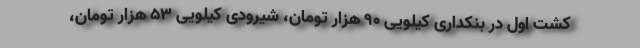
کشت اول در بنکداری کیلویی 90 هزار تومان، شیرودی کیلویی 53 هزار تومان،